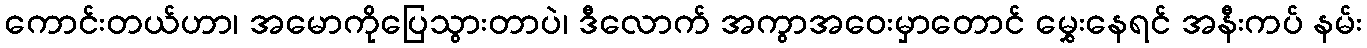
ကောင်းတယ်ဟာ၊ အမောကိုပြေသွားတာပဲ၊ ဒီလောက် အကွာအဝေးမှာတောင် မွှေးနေရင် အနီးကပ် နမ်း